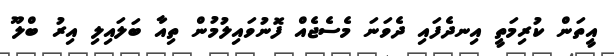
އީތަން ކުރިމަތީ އިނދެފައި ދެވަނަ މެސެޖެއް ފޮނުވައިލުމުން ތިއާ ބަލައިލި އިރު ބްލޫ